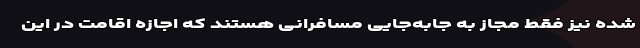
شده نیز فقط مجاز به جابه‌جایی مسافرانی هستند که اجازه اقامت در این